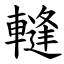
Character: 䡫